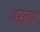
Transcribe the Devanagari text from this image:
वर्ल्स